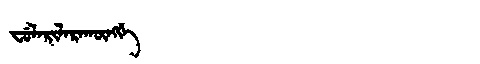
Manchu: ᠸᡠᠯᠠᡵᡳᠯᠠᡵᠠᡴᡡᠩᡤᡝ
Romanization: FULARILARAKŪNGGE